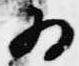
為